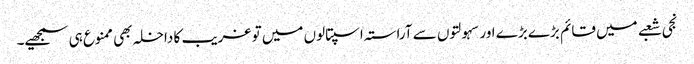
نجی شعبے میں قائم بڑے بڑے اور سہولتوں سے آراستہ اسپتالوں میں تو غریب کا داخلہ بھی ممنوع ہی سمجھیے۔